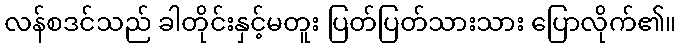
လန်စဒင်သည် ခါတိုင်းနှင့်မတူး ပြတ်ပြတ်သားသား ပြောလိုက်၏။